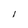
Character: l